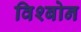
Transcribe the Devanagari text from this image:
विश्बोन